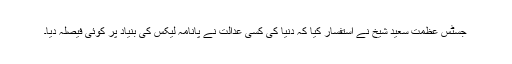
جسٹس عظمت سعید شیخ نے استفسار کیا کہ دنیا کی کسی عدالت نے پانامہ لیکس کی بنیاد پر کوئی فیصلہ دیا۔